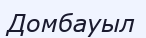
Домбауыл